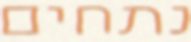
נתחים